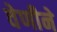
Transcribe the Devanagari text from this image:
वेणीने